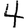
Digit: 4